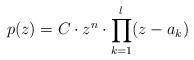
LaTeX: \begin{align*}p(z) = C \cdot z^n \cdot \prod_{k = 1}^l (z - a_k)\end{align*}